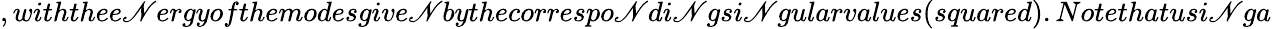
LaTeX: ,withthee\mathscr{N}ergyofthemodesgive\mathscr{N}bythecorrespo\mathscr{N}di\mathscr{N}gsi\mathscr{N}gularvalues(squared).Notethatusi\mathscr{N}ga